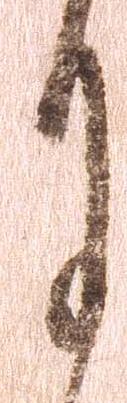
月